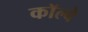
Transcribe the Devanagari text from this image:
कॉल्बे